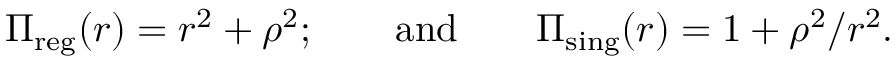
\Pi _ { \mathrm { r e g } } ( r ) = r ^ { 2 } + \rho ^ { 2 } ; \qquad \mathrm { a n d } \qquad \Pi _ { \mathrm { s i n g } } ( r ) = 1 + \rho ^ { 2 } / r ^ { 2 } .